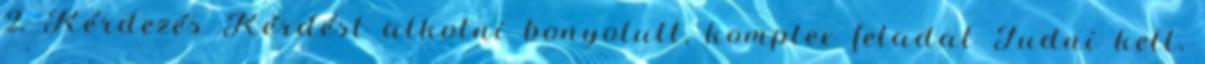
2. Kérdezés Kérdést alkotni bonyolult, komplex feladat Tudni kell,